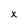
Character: x